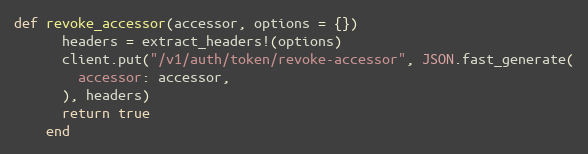
Language: Ruby
def revoke_accessor(accessor, options = {})
      headers = extract_headers!(options)
      client.put("/v1/auth/token/revoke-accessor", JSON.fast_generate(
        accessor: accessor,
      ), headers)
      return true
    end